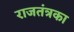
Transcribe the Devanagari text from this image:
राजतंत्रका